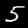
Digit: 5